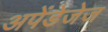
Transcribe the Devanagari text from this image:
अपेंडेजेज